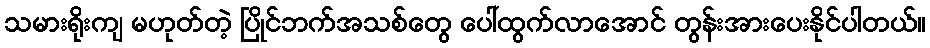
သမားရိုးကျ မဟုတ်တဲ့ ပြိုင်ဘက်အသစ်တွေ ပေါ်ထွက်လာအောင် တွန်းအားပေးနိုင်ပါတယ်။